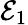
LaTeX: {\mathcal{E}}_{1}